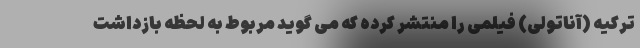
ترکیه (آناتولی) فیلمی را منتشر کرده که می گوید مربوط به لحظه بازداشت